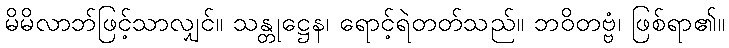
မိမိလာဘ်ဖြင့်သာလျှင်။ သန္တုဋ္ဌေန၊ ရောင့်ရဲတတ်သည်။ ဘဝိတဗ္ဗံ၊ ဖြစ်ရာ၏။